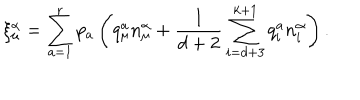
\xi _ { \mu } ^ { \alpha } = \sum _ { a = 1 } ^ { r } p _ { a } \left( q _ { \mu } ^ { a } n _ { \mu } ^ { \alpha } + \frac { 1 } { d + 2 } \sum _ { i = d + 3 } ^ { k + 1 } q _ { i } ^ { a } n _ { i } ^ { \alpha } \right) .